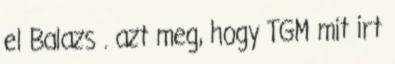
el Balazs . azt meg, hogy TGM mit irt